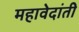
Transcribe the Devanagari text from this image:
महावेदांती